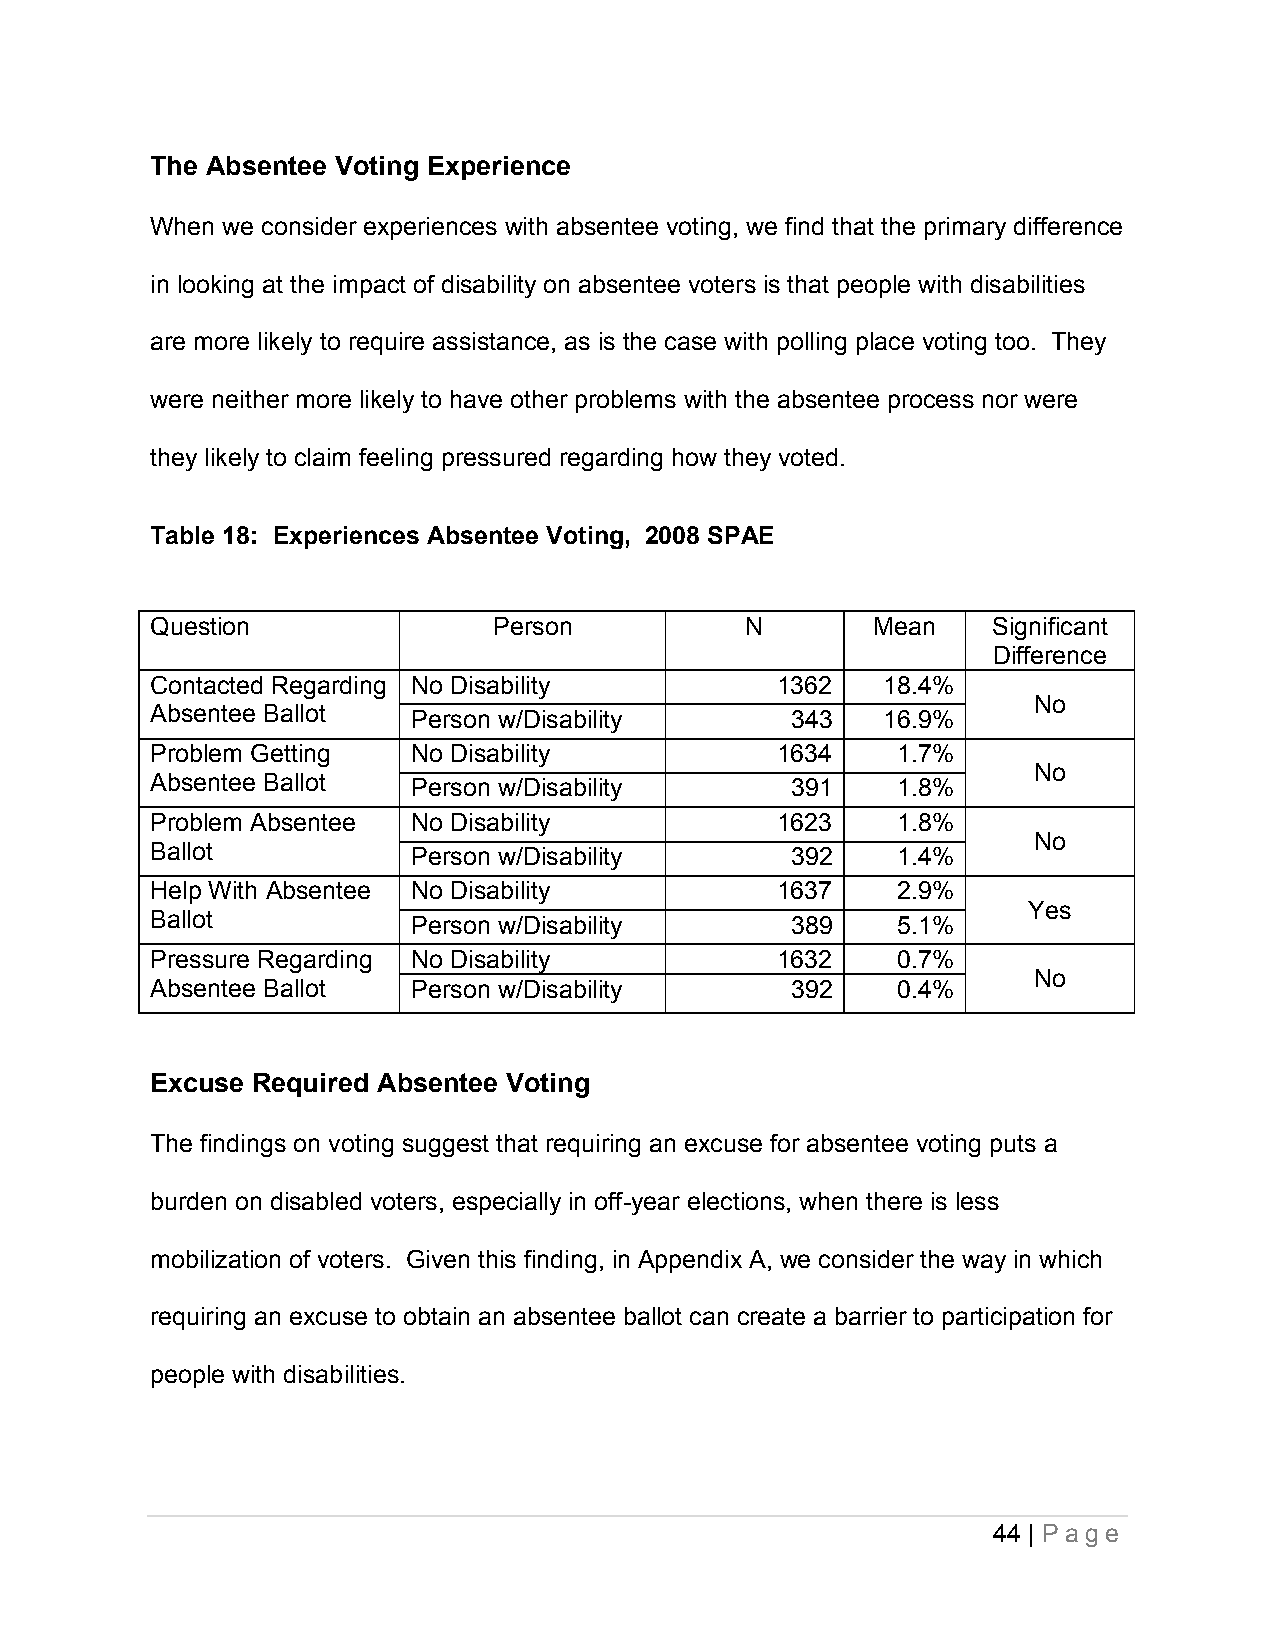
The Absentee Voting Experience
 When we consider experiences with absentee voting, we find that the primary difference
 in looking at the impact of disability on absentee voters is that people with disabilities
 are more likely to require assistance, as is the case with polling place voting too. They
 were neither more likely to have other problems with the absentee process nor were
 they likely to claim feeling pressured regarding how they voted.
 Table 18: Experiences Absentee Voting, 2008 SPAE
 Question               Person          N        Mean    Significant
 Difference
 Contacted Regarding No Disability        1362   18.4%
 No
 Absentee Ballot  Person w/Disability      343   16.9%
 Problem Getting  No Disability           1634    1.7%
 No
 Absentee Ballot  Person w/Disability      391    1.8%
 Problem Absentee No Disability           1623    1.8%
 No
 Ballot           Person w/Disability      392    1.4%
 Help With Absentee No Disability         1637    2.9%
 Yes
 Ballot           Person w/Disability      389    5.1%
 Pressure Regarding No Disability         1632    0.7%
 No
 Absentee Ballot  Person w/Disability      392    0.4%
 Excuse Required Absentee Voting
 The findings on voting suggest that requiring an excuse for absentee voting puts a
 burden on disabled voters, especially in off-year elections, when there is less
 mobilization of voters. Given this finding, in Appendix A, we consider the way in which
 requiring an excuse to obtain an absentee ballot can create a barrier to participation for
 people with disabilities.
 44 | P a ge